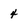
Character: 4